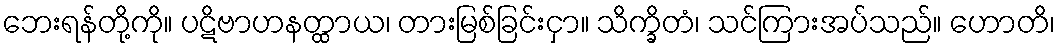
ဘေးရန်တို့ကို။ ပဋိဗာဟနတ္ထာယ၊ တားမြစ်ခြင်းငှာ။ သိက္ခိတံ၊ သင်ကြားအပ်သည်။ ဟောတိ၊